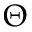
\Theta